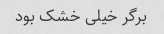
برگر خیلی خشک بود